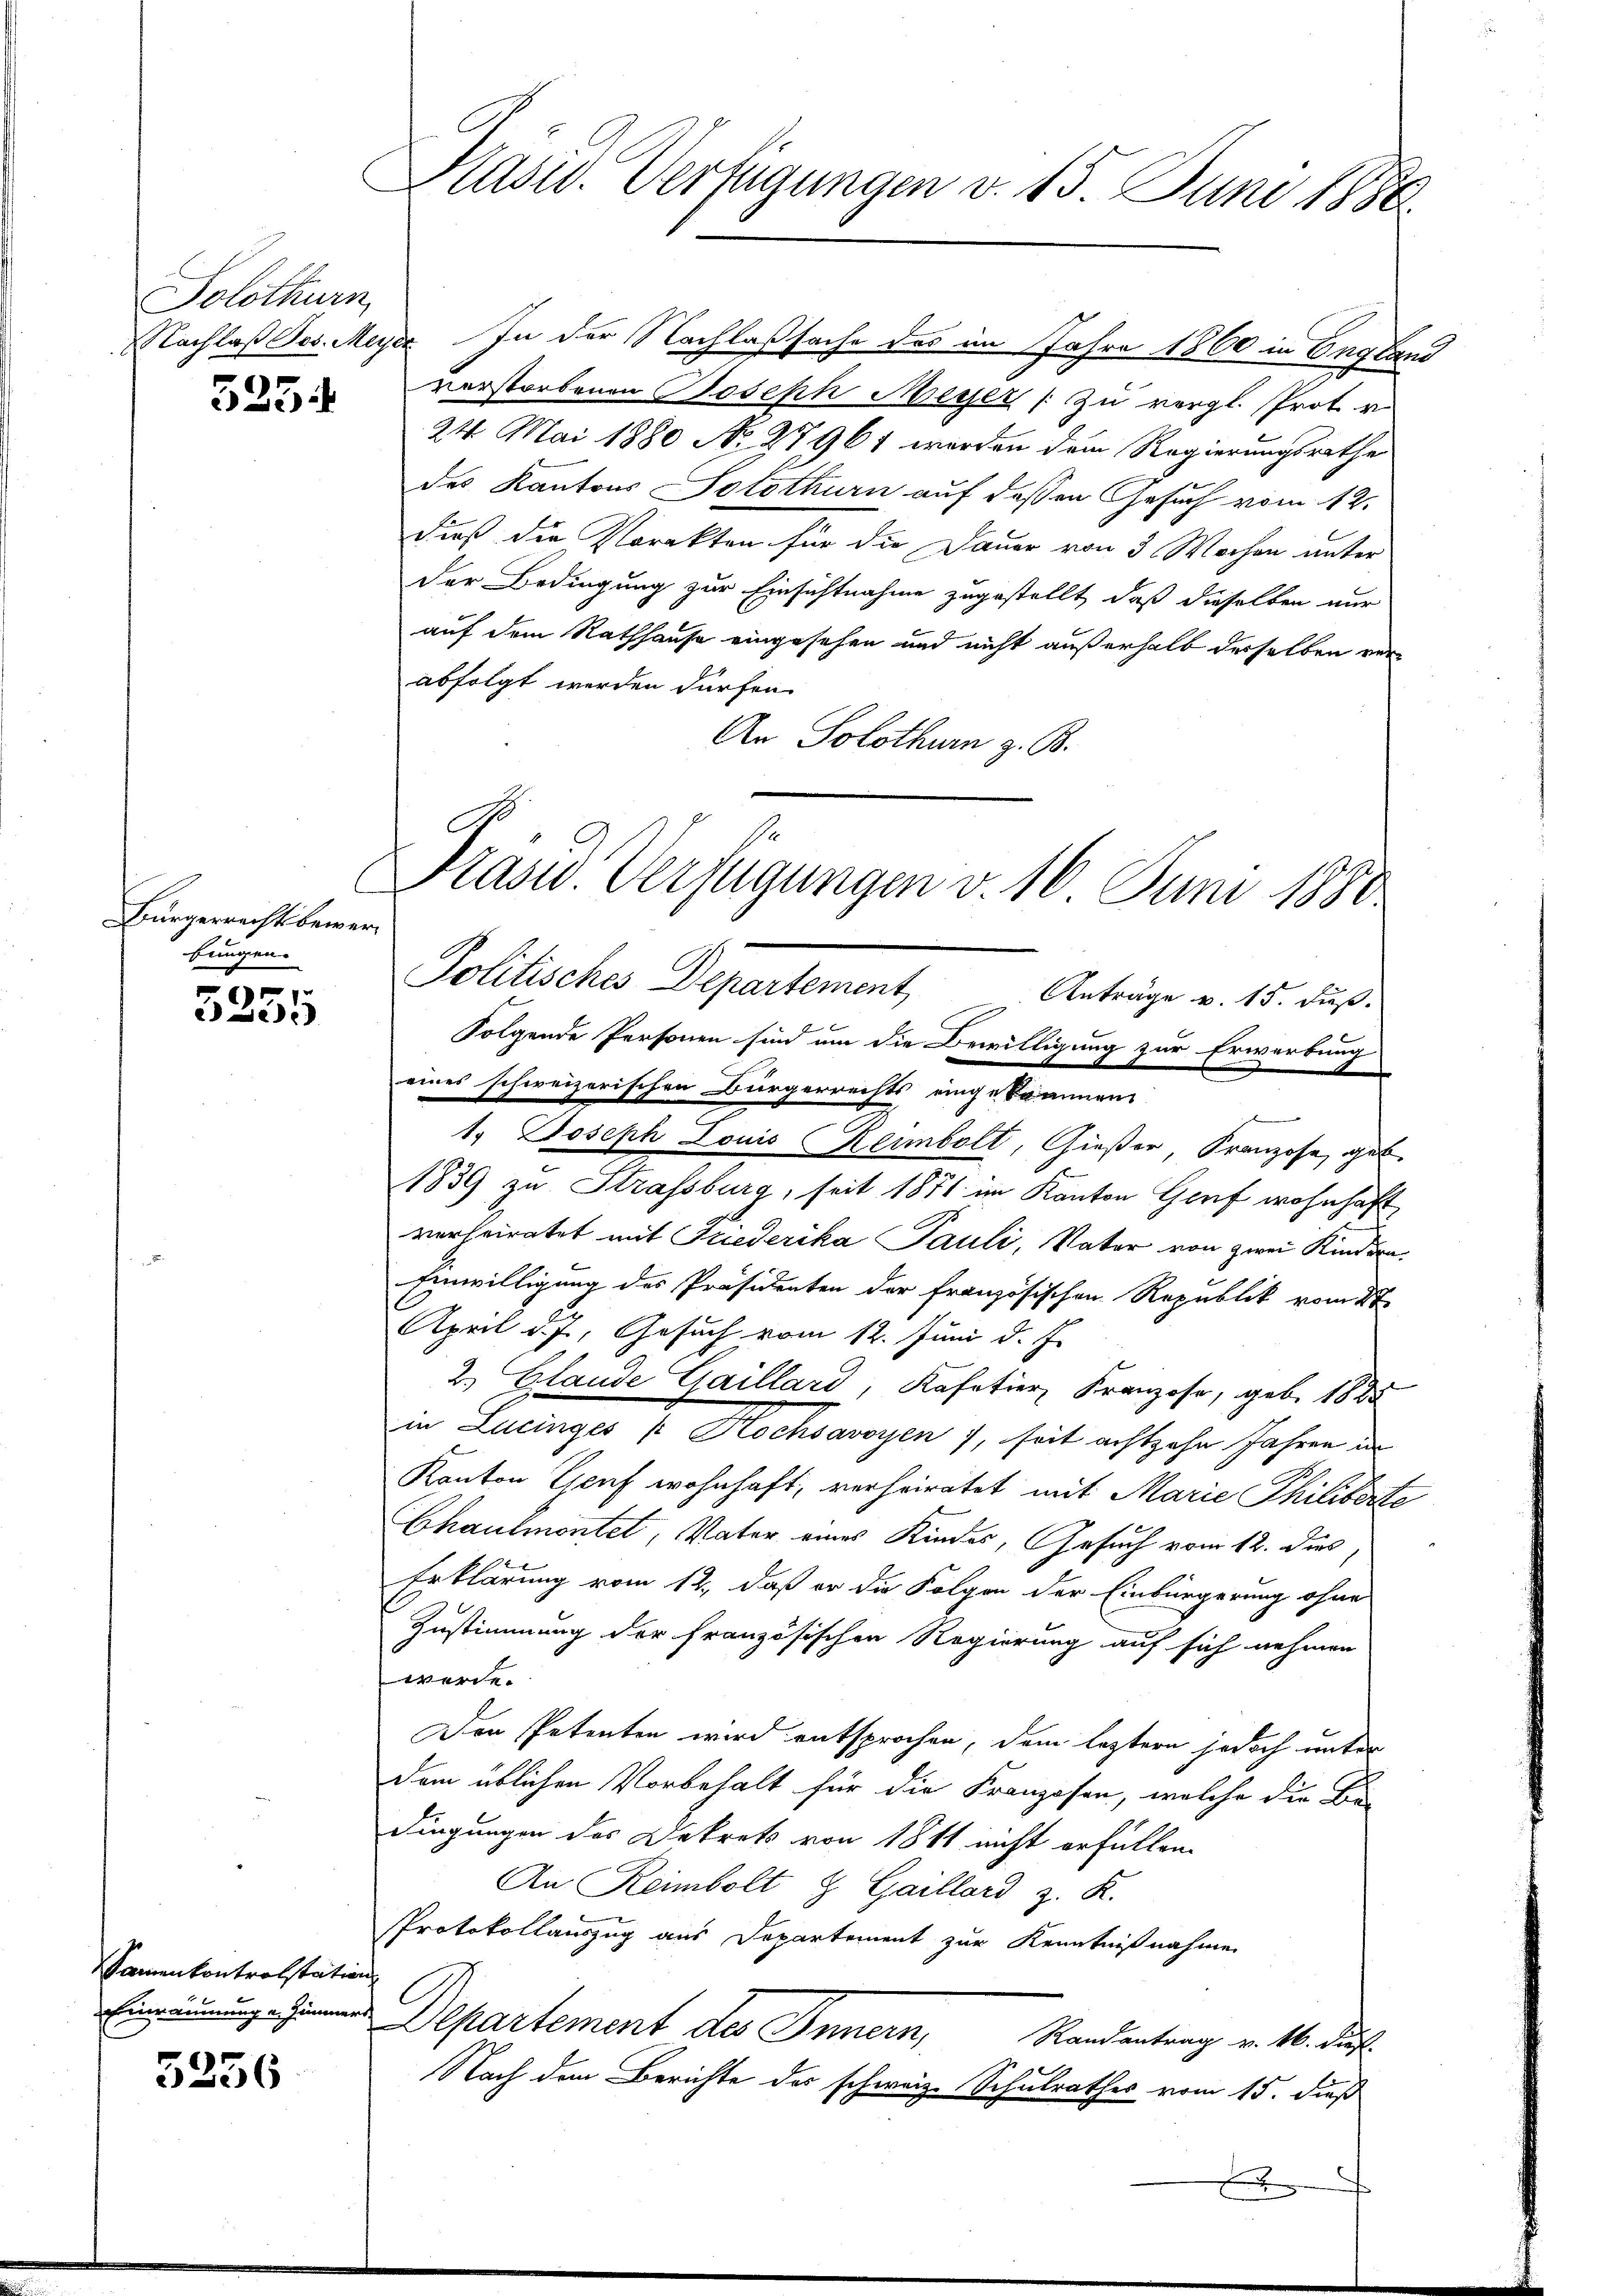
Solothurn,

5256

525.

Bürgerrechts bewerbungen.

3355

Samenkontrolstation
Einräumung an Zimmer

Präsid. Verfügungen v. 15. Juni 1886

Nachlaß Jes. Meyer In der Nachlaßsache des im Jahre 1860 in England
verstorbenen Joseph Meyer [zu vergl. Prot. v.
24. Mai 1880 No. 27961 werden dem Regierungsrathe
des Kantons Solothurn auf dessen Gesuch vom 12.
dieß die Karakten für die Dauer von 3 Wochen unter
Der Bedingung zur Einsichtnahme zugestellt, daß dieselben nur
auf dem Rathhause eingesehen und nicht außerhalb derselben verabfolgt werden dürfen.
An Solothurn z. B.
Politisches Departement, Antrage v. 15. ds.
eines schweizerischen Bürgerrechts eingekommen
1. Joseph Louis Reibolt, Gießer, Franzose, geb.
1839 zu Strassburg, seit 1871 im Kanton Gorf wohnhaft
verheiratet mit Friederika Pauli, Vater von zwei Kindera¬
Einwilligung des Präsidenten der französischen Republik vom 2ten
April d. J., Gesuch vom 12. Juni d. J.
2.) Glande Gaillard, Kafetier Franzose, geb. 1885
in Lunger u. Hochsaneyen , seit achtzehn Jahren un
Kanton Genf wohnhaft, verheiratet mit Marie Philibarte
Chaulmontet, Vater eines Kindes, Gesuch vom 12. dies
Erklärung vom 12., daß er die Folgen der Einbürgerung ohne
Zustimmung der französischen Regierung auf sich nehmen
werde.
Der Petenten wird entsprochen, dem leztern jedoch unter
dem üblichen Vorbehalt für die Franzosen, welche die Be-
dingungen des Dekrets von 1811 nicht erfüllen.
An Reimbolt & Gaillard z. R.
PProtokollauszug aus Departement zur Kenntnißnahme
Departement des Innern Mandantung allerdi
Nach dem Berichte des schweiz. Schulrathes vom 15. dieß

se
Drasw. Verfügungen v. 16 Juni 1880

Folgende Personen sind um die Bewilligung zur Erwerbung